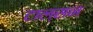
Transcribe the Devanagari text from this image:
टाल्सन